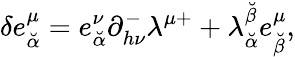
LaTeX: \delta e_{\breve{\alpha}}^{\mu}=e_{\breve{\alpha}}^{\nu}\partial_{h\nu}^{-}\lambda^{\mu+}+\lambda_{\breve{\alpha}}^{\breve{\beta}}e_{\breve{\beta}}^{\mu},